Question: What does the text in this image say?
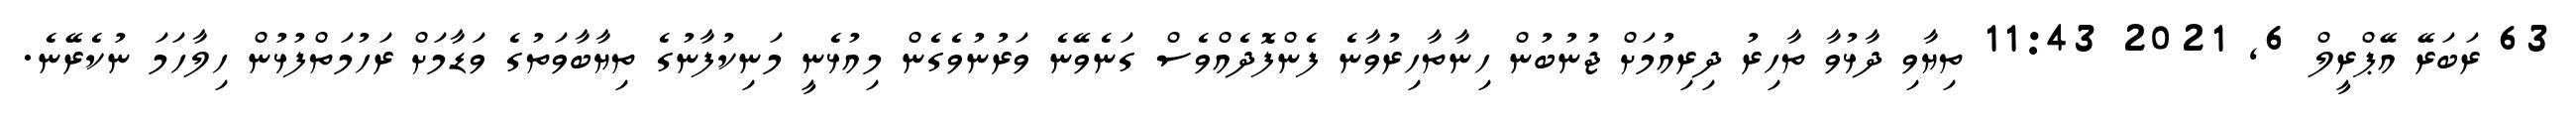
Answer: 63 ރަބަރޭ އޭޕްރީލް 6, 2021 11:43 ތިޔާވި ދާޅުވާ ތާހިރު ދިރިއުމަށް ޖުނުބުން ހިނާތާހިރުވާނެ ފެންފޮދެއްވެސް ގަނެވޭނެ ވަރުނުވެގެން މިއުޅެނީ މަނިކުފާނުގެ ތިޔާބާވަތުގެ ވަޑާމަށް ރަހުމަތްފުޅުން ހިލާހަމަ ނުކެރޭނެ.